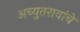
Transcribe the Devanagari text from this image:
अच्युतरावांचे